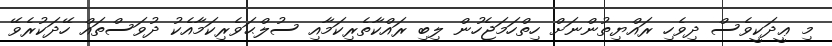
މި ޢީދަކީވެސް ދިވެހި ރައްޔިތުންނަށް ހިތްހަމަޖެހުން ލިބި ރައްކާތެރިކަމާއި ސުލްޙަވެރިކަމާއެކު ދުވަސްތައް ހޭދަކުރެވޭ